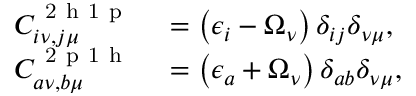
\begin{array} { r l } { C _ { i \nu , j \mu } ^ { \mathrm { ~ 2 ~ h ~ 1 ~ p ~ } } } & { { } = \left( \epsilon _ { i } - \Omega _ { \nu } \right) \delta _ { i j } \delta _ { \nu \mu } , } \\ { C _ { a \nu , b \mu } ^ { \mathrm { ~ 2 ~ p ~ 1 ~ h ~ } } } & { { } = \left( \epsilon _ { a } + \Omega _ { \nu } \right) \delta _ { a b } \delta _ { \nu \mu } , } \end{array}